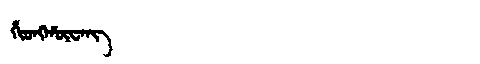
Manchu: ᡥᡳᠣᠩᡥᡡᠸᠠᠩ
Romanization: HIONGHŪWANG